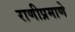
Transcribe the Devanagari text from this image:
राणीप्रमाणे